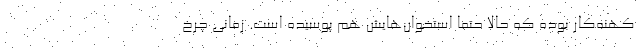
کهنه‌کار بوده که حالا حتما استخوان‌هایش هم پوسیده است. زمانی چرخ